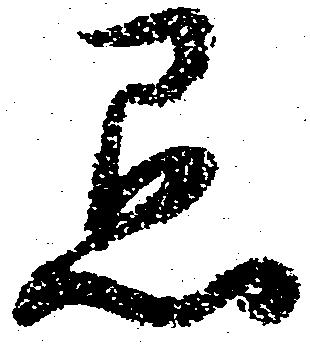
愚